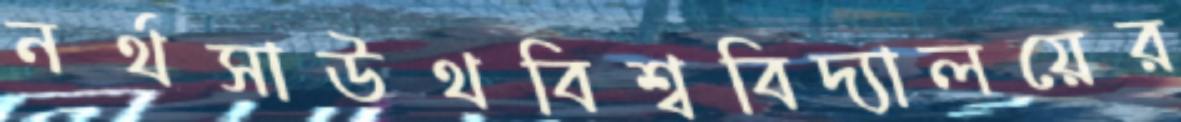
নর্থসাউথবিশ্ববিদ্যালয়ের